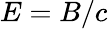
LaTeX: E=B/c